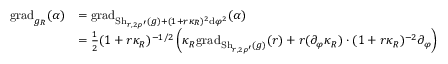
\begin{array} { r l } { \mathrm { g r a d } _ { g _ { R } } ( \alpha ) } & { = \mathrm { g r a d } _ { \mathrm { S h } _ { r , 2 \rho ^ { \prime } } ( g ) + ( 1 + r \kappa _ { R } ) ^ { 2 } \mathrm { d } \varphi ^ { 2 } } ( \alpha ) } \\ & { = \frac { 1 } { 2 } ( 1 + r \kappa _ { R } ) ^ { - 1 / 2 } \left( \kappa _ { R } \mathrm { g r a d } _ { \mathrm { S h } _ { r , 2 \rho ^ { \prime } } ( g ) } ( r ) + r ( \partial _ { \varphi } \kappa _ { R } ) \cdot ( 1 + r \kappa _ { R } ) ^ { - 2 } \partial _ { \varphi } \right) } \end{array}